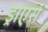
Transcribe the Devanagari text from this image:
ड्राएर्स